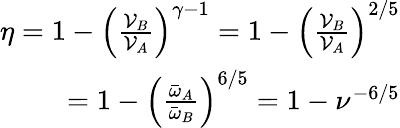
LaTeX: \begin{array}{r}{\eta=1-\left(\frac{\mathcal{V}_{B}}{\mathcal{V}_{A}}\right)^{\gamma-1}=1-\left(\frac{\mathcal{V}_{B}}{\mathcal{V}_{A}}\right)^{2/5}}\\ {=1-\left(\frac{\bar{\omega}_{A}}{\bar{\omega}_{B}}\right)^{6/5}=1-\nu^{-6/5}}\end{array}